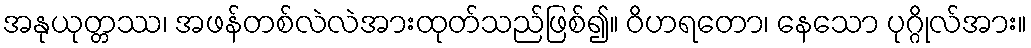
အနုယုတ္တဿ၊ အဖန်တစ်လဲလဲအားထုတ်သည်ဖြစ်၍။ ဝိဟရတော၊ နေသော ပုဂ္ဂိုလ်အား။